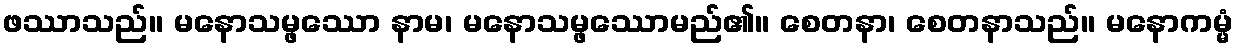
ဖဿာသည်။ မနောသမ္ဖဿော နာမ၊ မနောသမ္ဖဿောမည်၏။ စေတနာ၊ စေတနာသည်။ မနောကမ္မံ